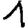
Digit: 1